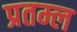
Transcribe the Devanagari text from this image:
प्रतम्ल